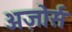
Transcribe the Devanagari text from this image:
अज़ोर्स